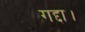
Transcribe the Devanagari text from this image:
गद्दा।